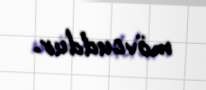
mövcuddur.